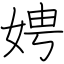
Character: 娉